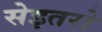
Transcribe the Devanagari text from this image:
सेइतरो